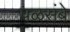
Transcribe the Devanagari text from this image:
पळसंबे